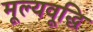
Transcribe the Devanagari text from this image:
मूल्यवूद्धि